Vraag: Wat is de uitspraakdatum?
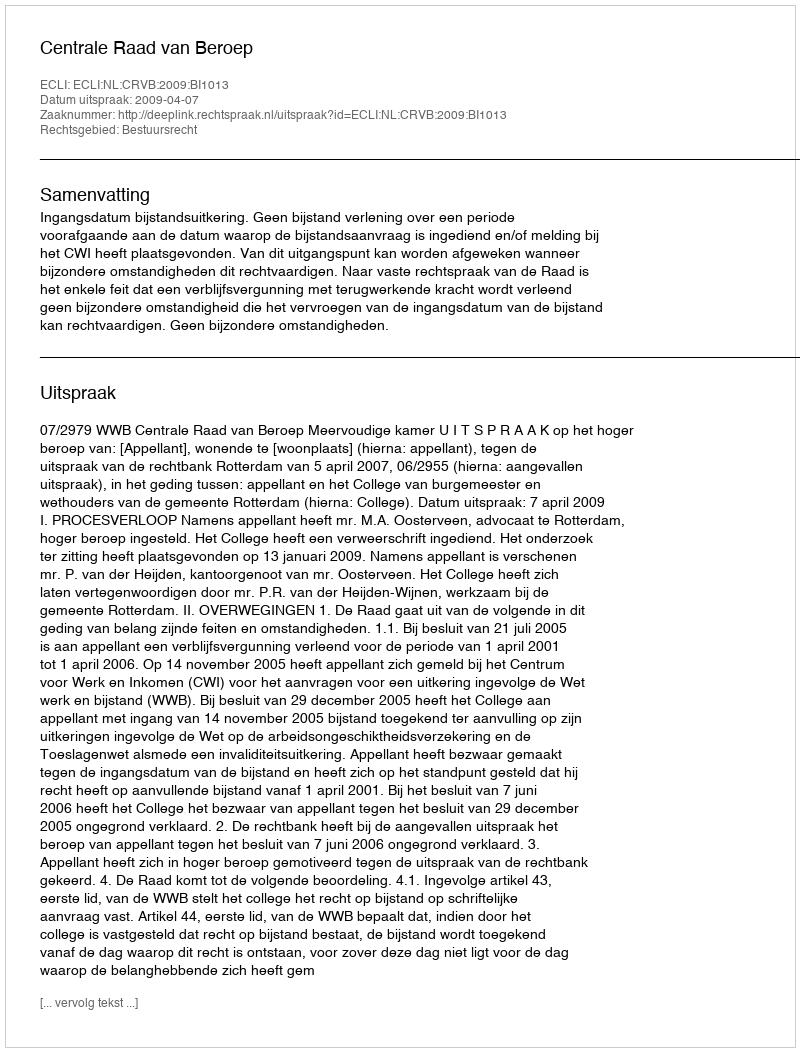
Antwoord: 2009-04-07